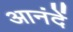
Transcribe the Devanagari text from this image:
आनंदें